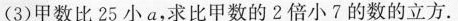
(3)甲数比 25 小 a，求比甲数的2倍小7的数的立方.